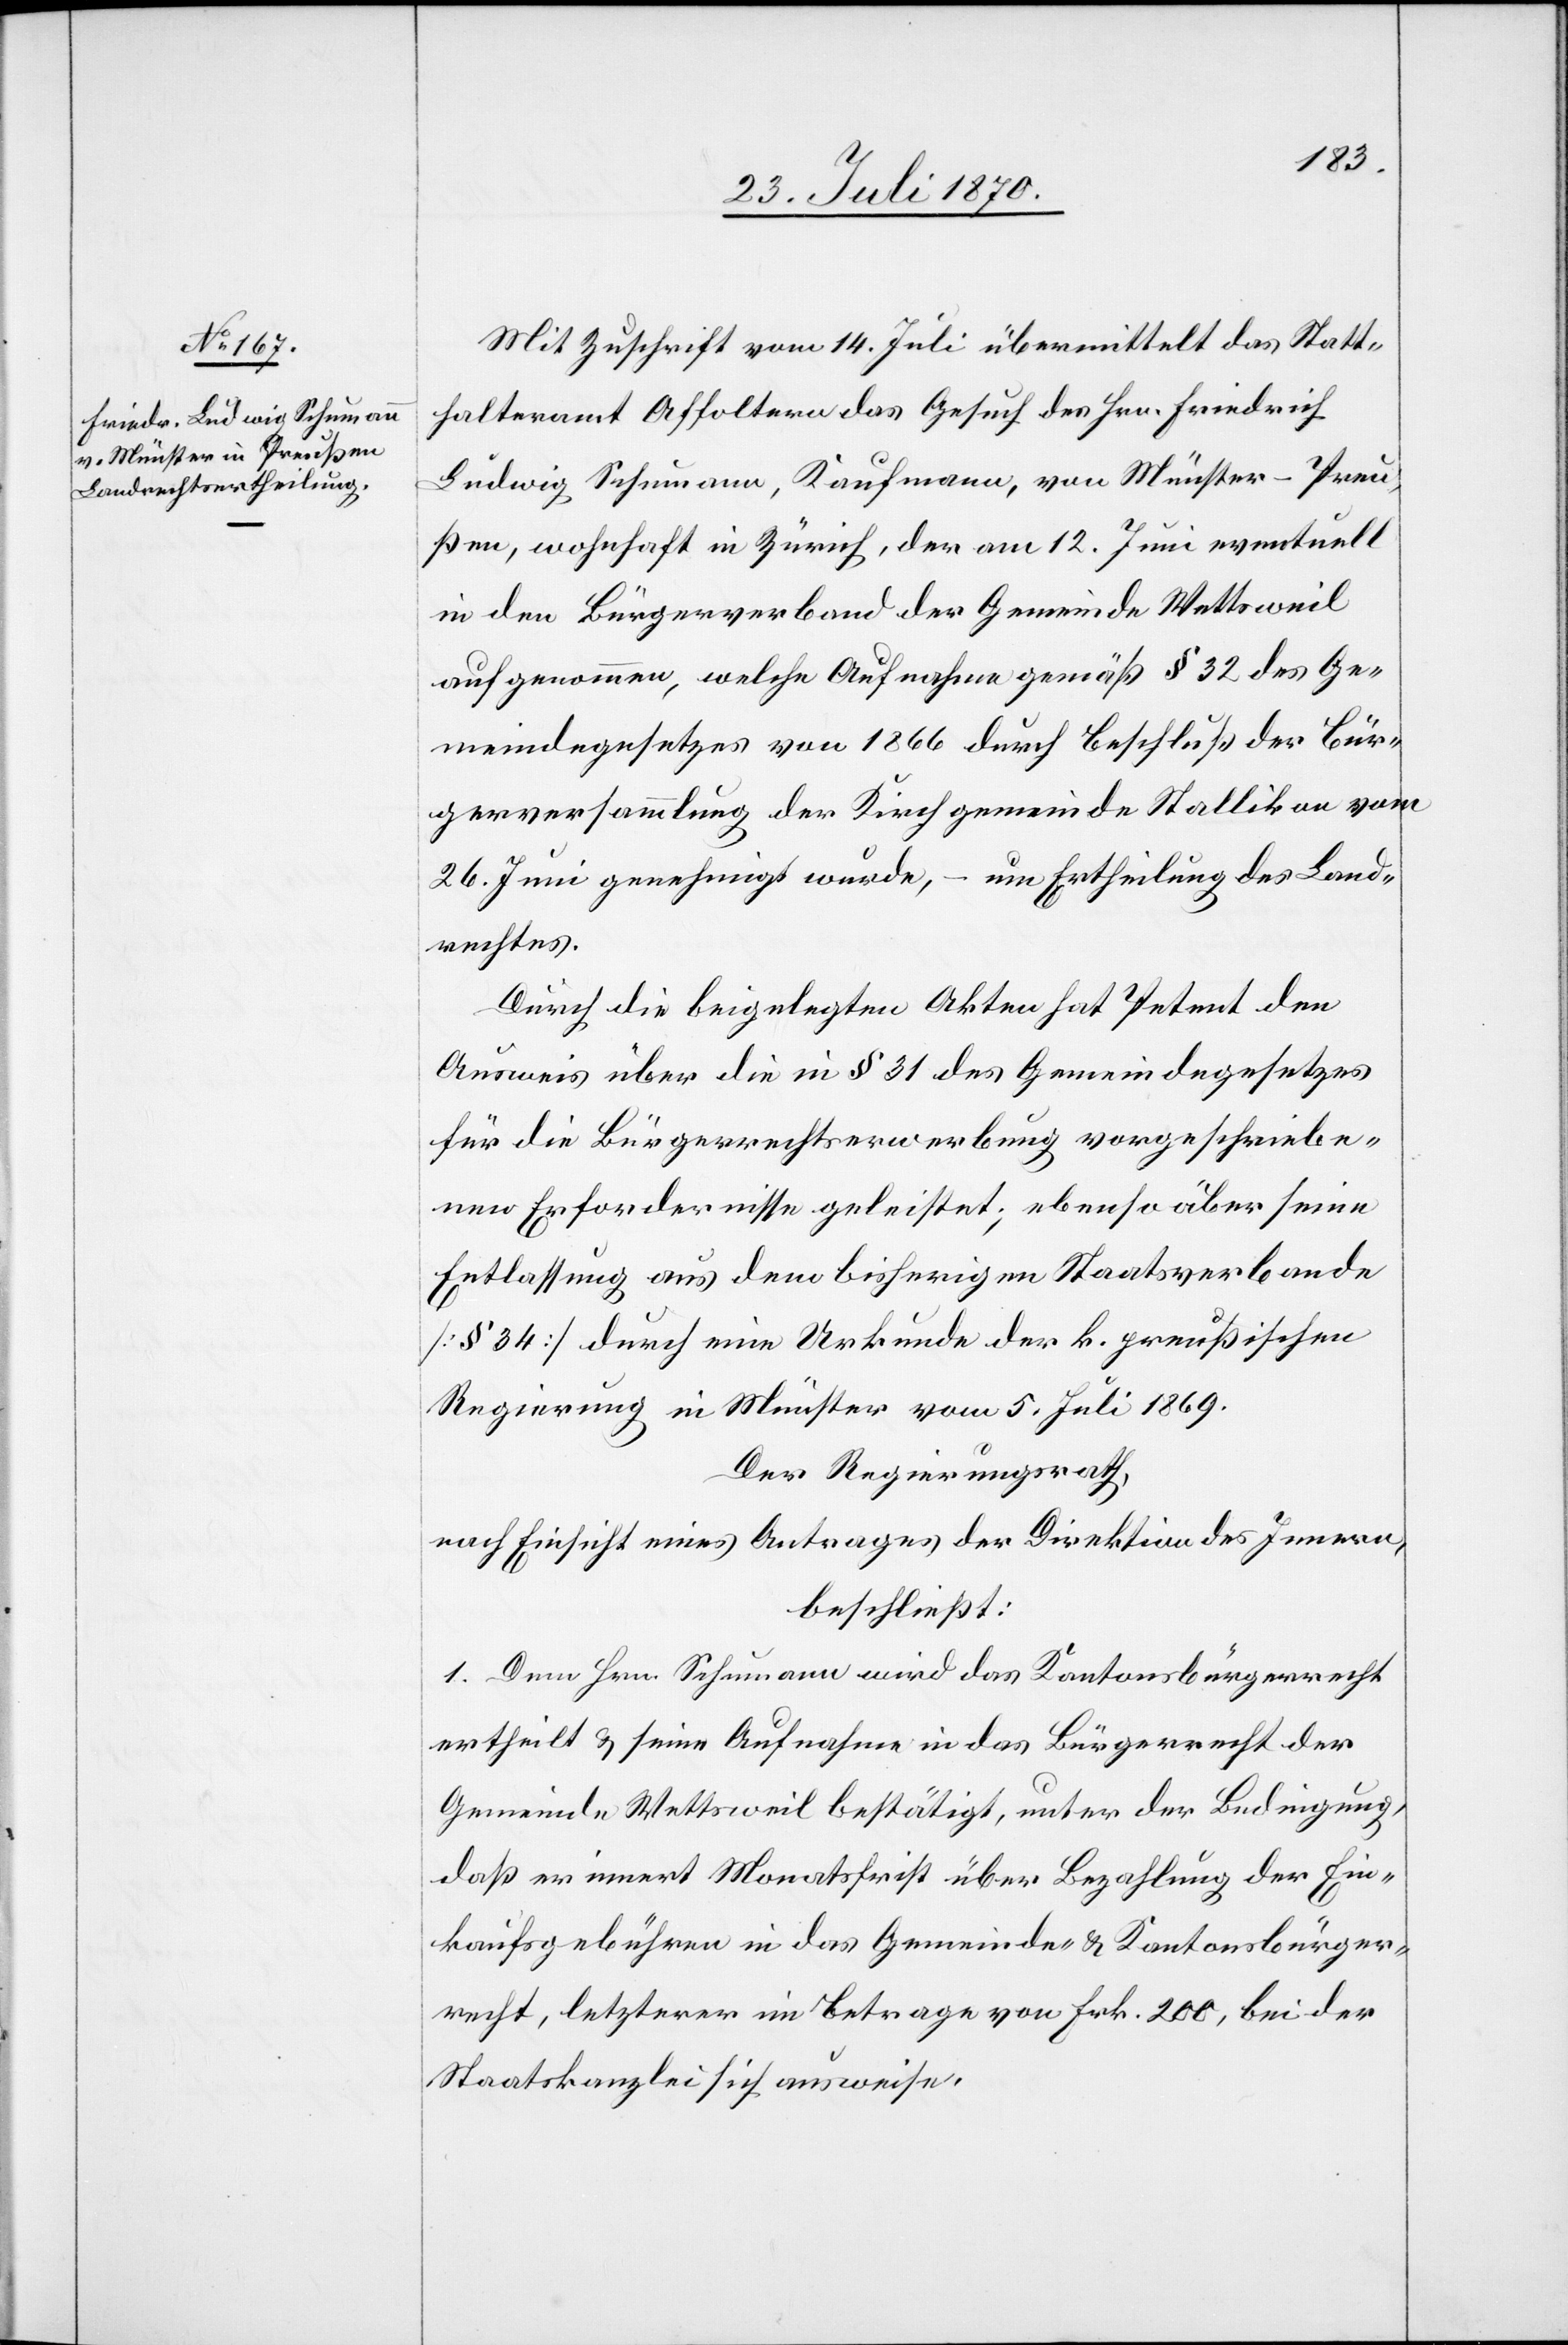
Mit Zuschrift vom 14. Juli übermittelt das Statt¬
halteramt Affoltern das Gesuch des Hrn. Friedrich
Ludwig Schumann, Kaufmann, von Münster - Preu¬
ßen, wohnhaft in Zürich, der am 12. Juni eventuell
in den Bürgerverband der Gemeinde Wettsweil
aufgenommen, welche Aufnahme gemäß § 32 des Ge¬
meindegesetzes von 1866 durch Beschluß der Bür¬
gerversammlung der Kirchgemeinde Stallikon vom
26. Juni genehmigt wurde, – um Ertheilung des Land¬
rechtes.
Durch die beigelegten Akten hat Petent den
Ausweis über die in § 31 des Gemeindegesetzes
für die Bürgerrechtserwerbung vorgeschriebe¬
nen Erfordernisse geleistet; ebenso über seine
Entlassung aus dem bisherigen Staatsverbande
[§ 34] durch eine Urkunde der k. preußischen
Regierung in Münster vom 5. Juli 1869.
Der Regierungsrath,
nach Einsicht eines Antrages der Direktion des Innern,
beschließt:
1. Dem Hrn. Schumann wird das Kantonsbürgerrecht
ertheilt & seine Aufnahme in das Bürgerrecht der
Gemeinde Wettsweil bestätigt, unter der Bedingung,
daß er innert Monatsfrist über Bezahlung der Ein¬
kaufsgebühren in das Gemeinde- & Kantonsbürger¬
recht, letzterer im Betrage von Frk. 200, bei der
Staatskanzlei sich ausweise.